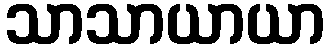
သာသာယာယာ